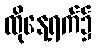
ထိုနေ့ရက်၌